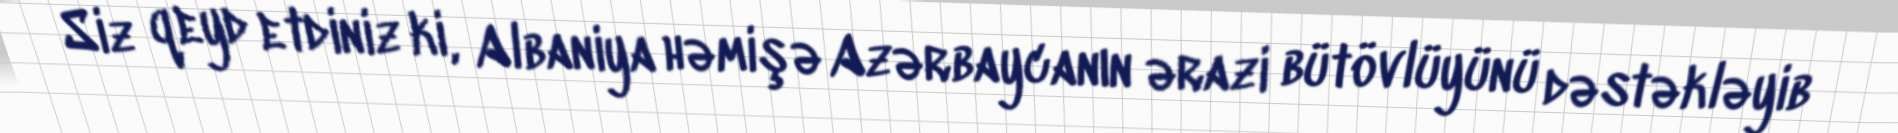
Siz qeyd etdiniz ki, Albaniya həmişə Azərbaycanın ərazi bütövlüyünü dəstəkləyib